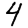
Digit: 4